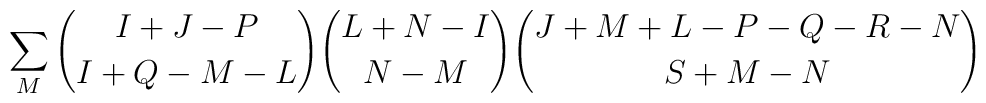
\sum_M{{I+J-P} \choose {I+Q-M-L}}{{L+N-I} \choose {N-M}}{{J+M+L-P-Q-R-N} \choose {S+M-N}}